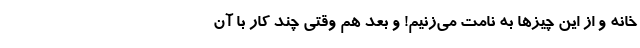
خانه و از این چیزها به نامت می‌زنیم! و بعد هم وقتی چند کار با آن